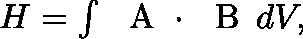
\begin{array} { r } { H = \int \mathrm { ~ \boldmath ~ A ~ } \cdot \mathrm { ~ \boldmath ~ B ~ } \, d V , } \end{array}